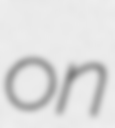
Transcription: on